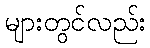
များတွင်လည်း